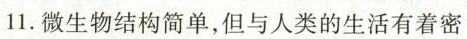
11.微生物结构简单，但与人类的生活有着密